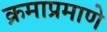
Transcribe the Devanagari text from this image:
क्रमाप्रमाणे